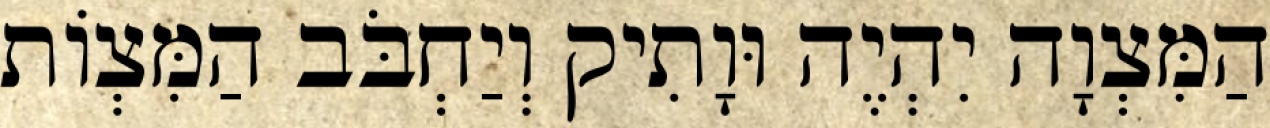
הַמִּצְוָה יִהְיֶה וּוָתִיק וְיַחְבֹּב הַמִּצְוֹת